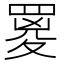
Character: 䍟